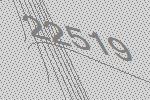
22519